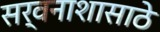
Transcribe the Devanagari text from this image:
सर्वनाशासाठे